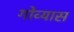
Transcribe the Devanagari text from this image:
गोव्यास